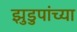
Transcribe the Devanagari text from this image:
झुडुपांच्या